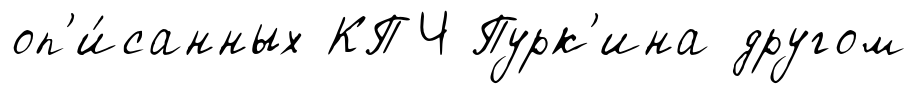
оп'и́санных КПЧ Пурк'ина другом